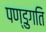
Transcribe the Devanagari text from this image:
पण्डुगति